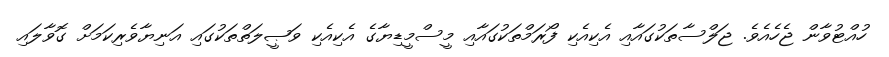
ހުއްޓުވާން ޖެހެއެވެ. ޖަލްސާތަކުގައާއި އެކިއެކި ފޯރަމްތަކުގައާއި މީސްމީޑިޔާގެ އެކިއެކި ވަޞީލަތްތަކުގައި އަނިޔާވެރިކަމަށް ގޮވާލައި